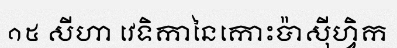
១៥ សីហា វេទិកានៃកោះប៉ាស៊ីហ្វិក